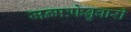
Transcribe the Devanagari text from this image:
जन्मःफेब्रुवारी